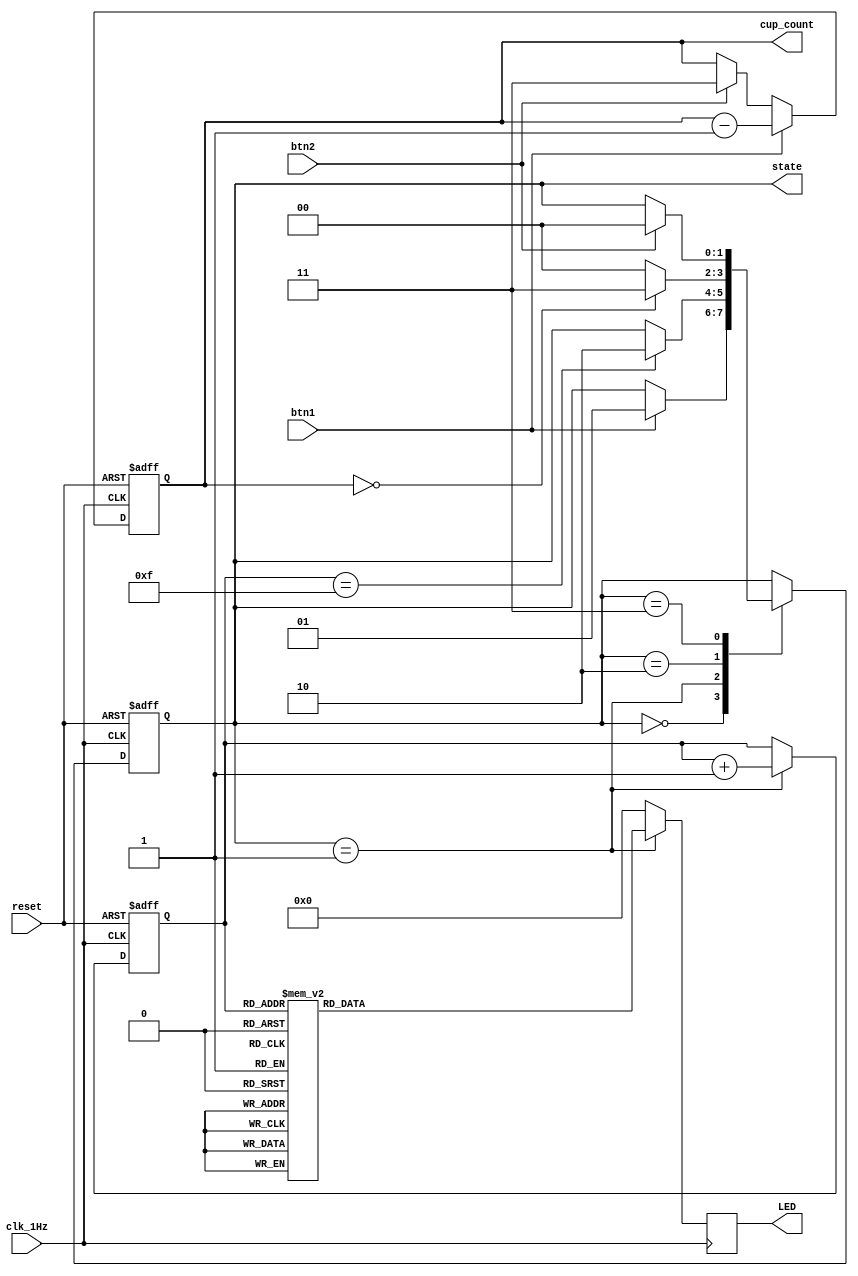
// This program was cloned from: https://github.com/FPGADude/Digital-Design
// License: GNU General Public License v3.0

`timescale 1ns / 1ps

module state_machine(
    input clk_1Hz,          // 1Hz
    input btn1,             // btnL - make coffee
    input btn2,             // btnR - fill water
    input reset,            // btnC on BASYS 3
    output [1:0] cup_count,
    output [1:0] state,           // to seg7 control
    output [15:0] LED       // 16 LEDs on BASYS 3 
    );
    
    reg [3:0] counter;
    reg [15:0] LED_reg;
    reg [1:0] cup_count_reg;
    
    // Define state machine parameters
    parameter idle = 2'b00;
    parameter making_coffee = 2'b01;
    parameter finish = 2'b10;
    parameter need_water = 2'b11;
    
    // Define state regs
    reg [1:0] state_reg;
    
    // Define next state logic
    always @(posedge clk_1Hz or posedge reset) begin
        if(reset)
            state_reg <= idle;
        else
            case(state_reg)
                idle : if(btn1)
                            state_reg <= making_coffee;
                making_coffee : if(counter == 15)
                            state_reg <= finish;
                finish : if(cup_count == 0)
                            state_reg <= need_water;
                         else
                            state_reg <= idle;
                need_water : if(btn2)
                                state_reg <= idle;
            endcase
    end
    
    // Counter reg
    always @(posedge clk_1Hz or posedge reset) begin
        if(reset)
            counter <= 0;
        else if(state_reg == making_coffee)
            counter <= counter + 1;
    end
    
    // Cup count reg
    always @(posedge clk_1Hz or posedge reset) begin
        if(reset)
            cup_count_reg <= 3;
        else if(btn1)
            cup_count_reg <= cup_count_reg - 1;
        else if(btn2)
            cup_count_reg <= 3;
    end
    
    // LED reg
    always @(posedge clk_1Hz) begin
        if(state_reg == making_coffee)
            case(counter)
                0  : LED_reg = 16'b0000_0000_0000_0001;
                1  : LED_reg = 16'b0000_0000_0000_0011;
                2  : LED_reg = 16'b0000_0000_0000_0111;
                3  : LED_reg = 16'b0000_0000_0000_1111;
                4  : LED_reg = 16'b0000_0000_0001_1111;
                5  : LED_reg = 16'b0000_0000_0011_1111;
                6  : LED_reg = 16'b0000_0000_0111_1111;
                7  : LED_reg = 16'b0000_0000_1111_1111;
                8  : LED_reg = 16'b0000_0001_1111_1111;
                9  : LED_reg = 16'b0000_0011_1111_1111;
                10 : LED_reg = 16'b0000_0111_1111_1111;
                11 : LED_reg = 16'b0000_1111_1111_1111;
                12 : LED_reg = 16'b0001_1111_1111_1111;
                13 : LED_reg = 16'b0011_1111_1111_1111;
                14 : LED_reg = 16'b0111_1111_1111_1111;
                15 : LED_reg = 16'b1111_1111_1111_1111;
            endcase
        else
            LED_reg = 16'b0000_0000_0000_0000;      
    end
    
    assign LED = LED_reg;
    assign state = state_reg;
    assign cup_count = cup_count_reg;
    
endmodule